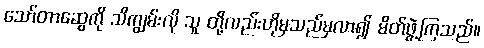
သော်တာဆွေကို သိကျွမ်းလို သူ တို့လည်းဟိုမှသည်မှလာ၍ မိတ်ဖွဲ့ကြသည်။